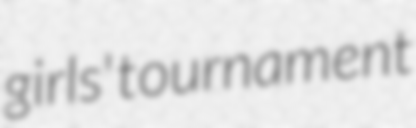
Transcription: girls' tournament